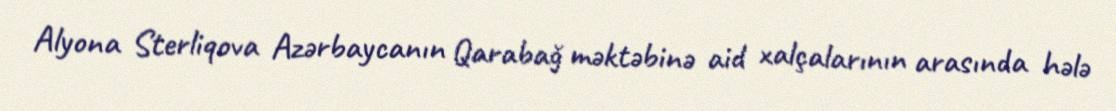
Alyona Sterliqova Azərbaycanın Qarabağ məktəbinə aid xalçalarının arasında hələ